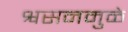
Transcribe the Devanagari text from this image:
श्वसनमुळे